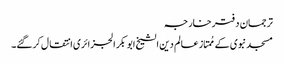
ترجمان دفترخارجہ
مسجد نبوی کے مُمتاز عالم دین الشیخ ابو بکر الجزائری انتقال کرگئے۔